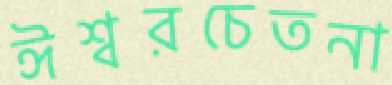
ঈশ্বরচেতনা